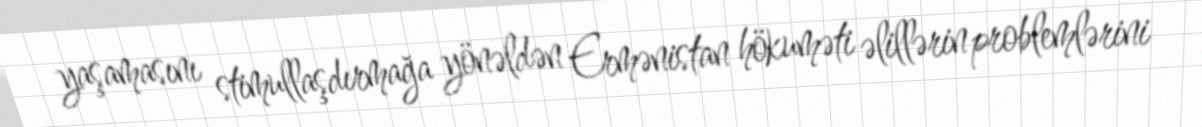
yaşamasını stimullaşdırmağa yönəldən Ermənistan hökuməti əlillərin problemlərini